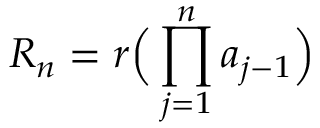
R _ { n } = { r \Big ( \prod _ { j = 1 } ^ { n } a _ { j - 1 } \Big ) }